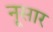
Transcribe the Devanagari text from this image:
नूसार